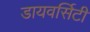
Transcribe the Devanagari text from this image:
डायवर्सिटी